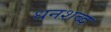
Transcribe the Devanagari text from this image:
धनशब्द